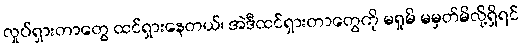
လှုပ်ရှားတာတွေ ထင်ရှားနေတယ်၊ အဲဒီထင်ရှားတာတွေကို မရှုမိ မမှတ်မိလို့ရှိရင်